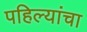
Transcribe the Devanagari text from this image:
पहिल्यांचा